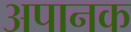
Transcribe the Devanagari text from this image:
अपानक